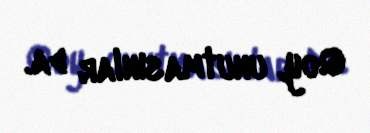
Qoy, unutmasınlar da.